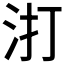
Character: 𭯾